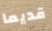
قديما